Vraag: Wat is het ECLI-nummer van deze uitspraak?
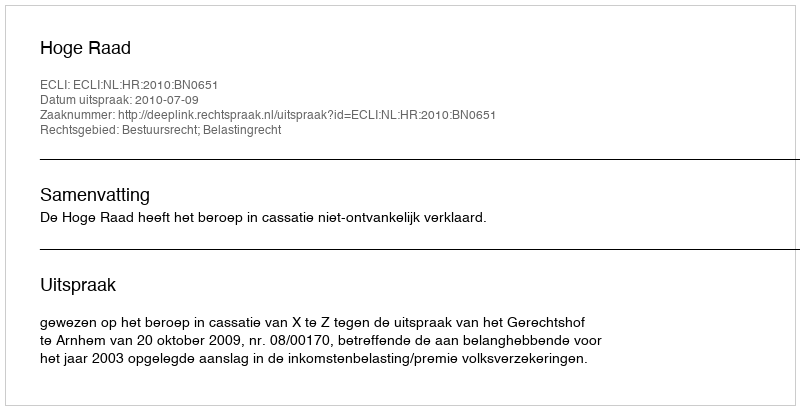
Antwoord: ECLI:NL:HR:2010:BN0651